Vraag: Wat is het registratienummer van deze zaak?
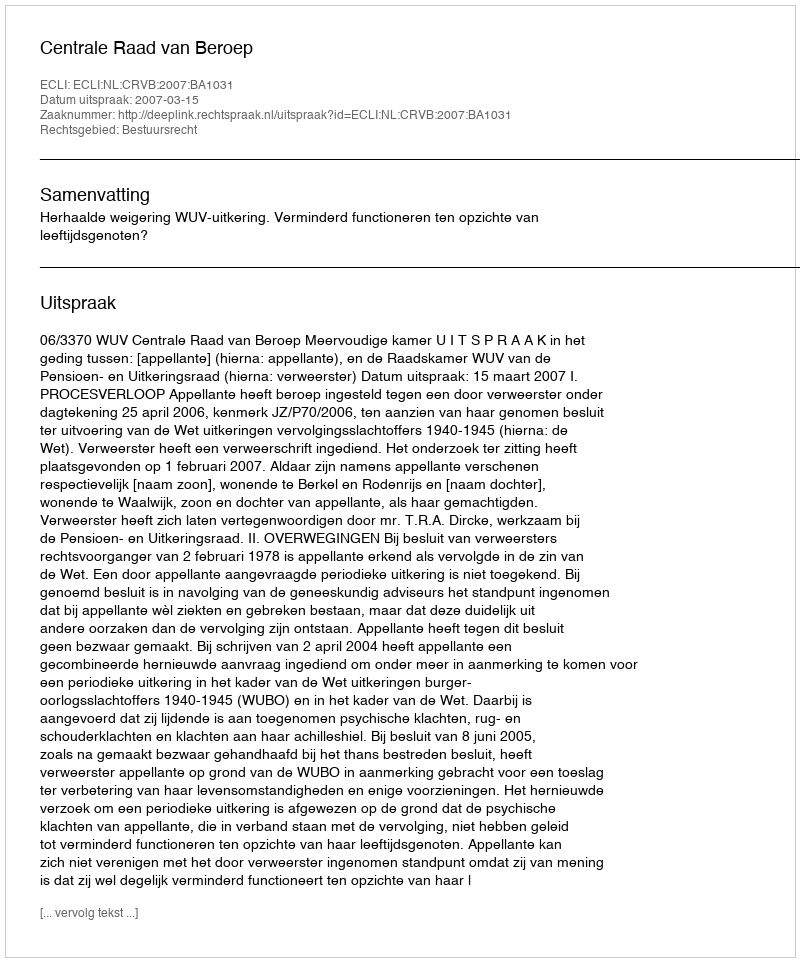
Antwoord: http://deeplink.rechtspraak.nl/uitspraak?id=ECLI:NL:CRVB:2007:BA1031